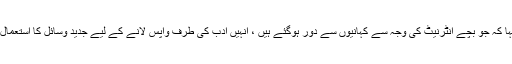
انہوں نے کہا کہ جو بچے انٹرنیٹ کی وجہ سے کہانیوں سے دور ہوگئے ہیں ، انہیں ادب کی طرف واپس لانے کے لیے جدید وسائل کا استعمال کرنا ہوگا ۔